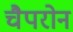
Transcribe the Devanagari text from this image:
चैपरोन